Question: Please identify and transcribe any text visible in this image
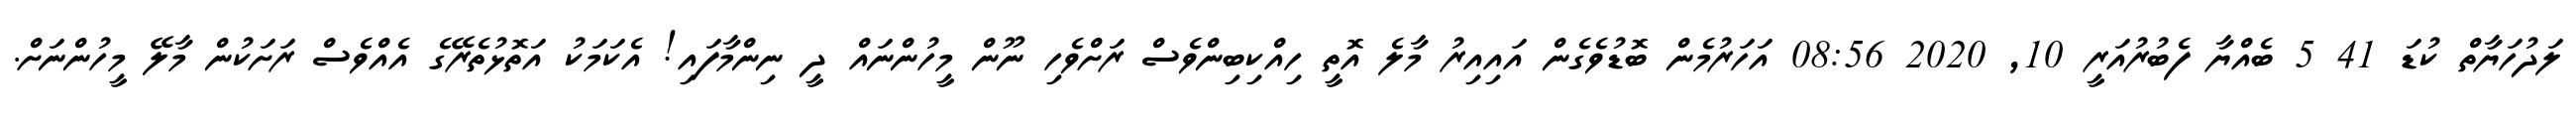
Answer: ލަދުހަޔާތް ކުޑަ 41 5 ބެއްޔާ ފެބުރުއަރީ 10, 2020 08:56 އަހަރުމެން ބޮޑުވެގެން އައިއިރު މާލެ އޮތީ ހިއްކިބިންވެސް ރަށްވެހި ނޫން މީހުންނައް ދީ ނިންމާފައި! އެކަމަކު އަތޮޅުތެރޭގެ އެއްވެސް ރަށަކުން މާލޭ މީހުންނަށް.